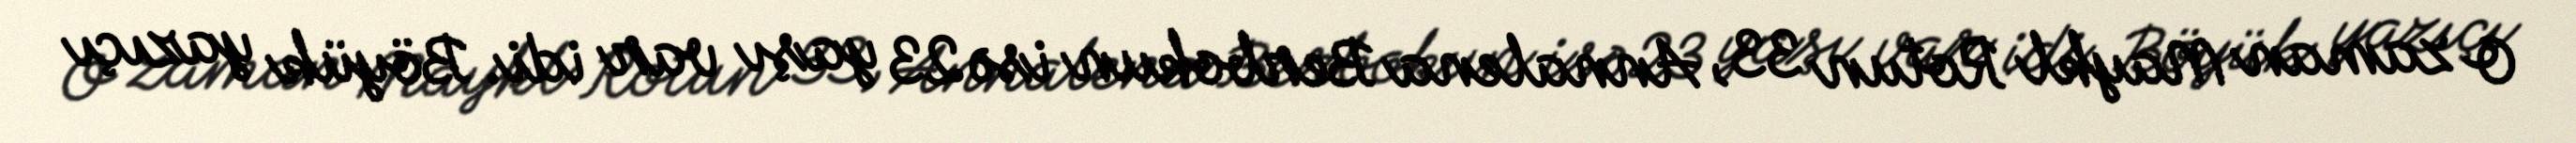
O zaman Maykl Rotun 33, Annalena Berbokun isə 23 yaşı var idi. Böyük yazıçı